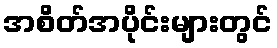
အစိတ်အပိုင်းများတွင်